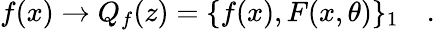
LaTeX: f(x)\to Q_{f}(z)=\{ f(x),F(x,\theta)\} _{1}\, \, \, \, \, \, .